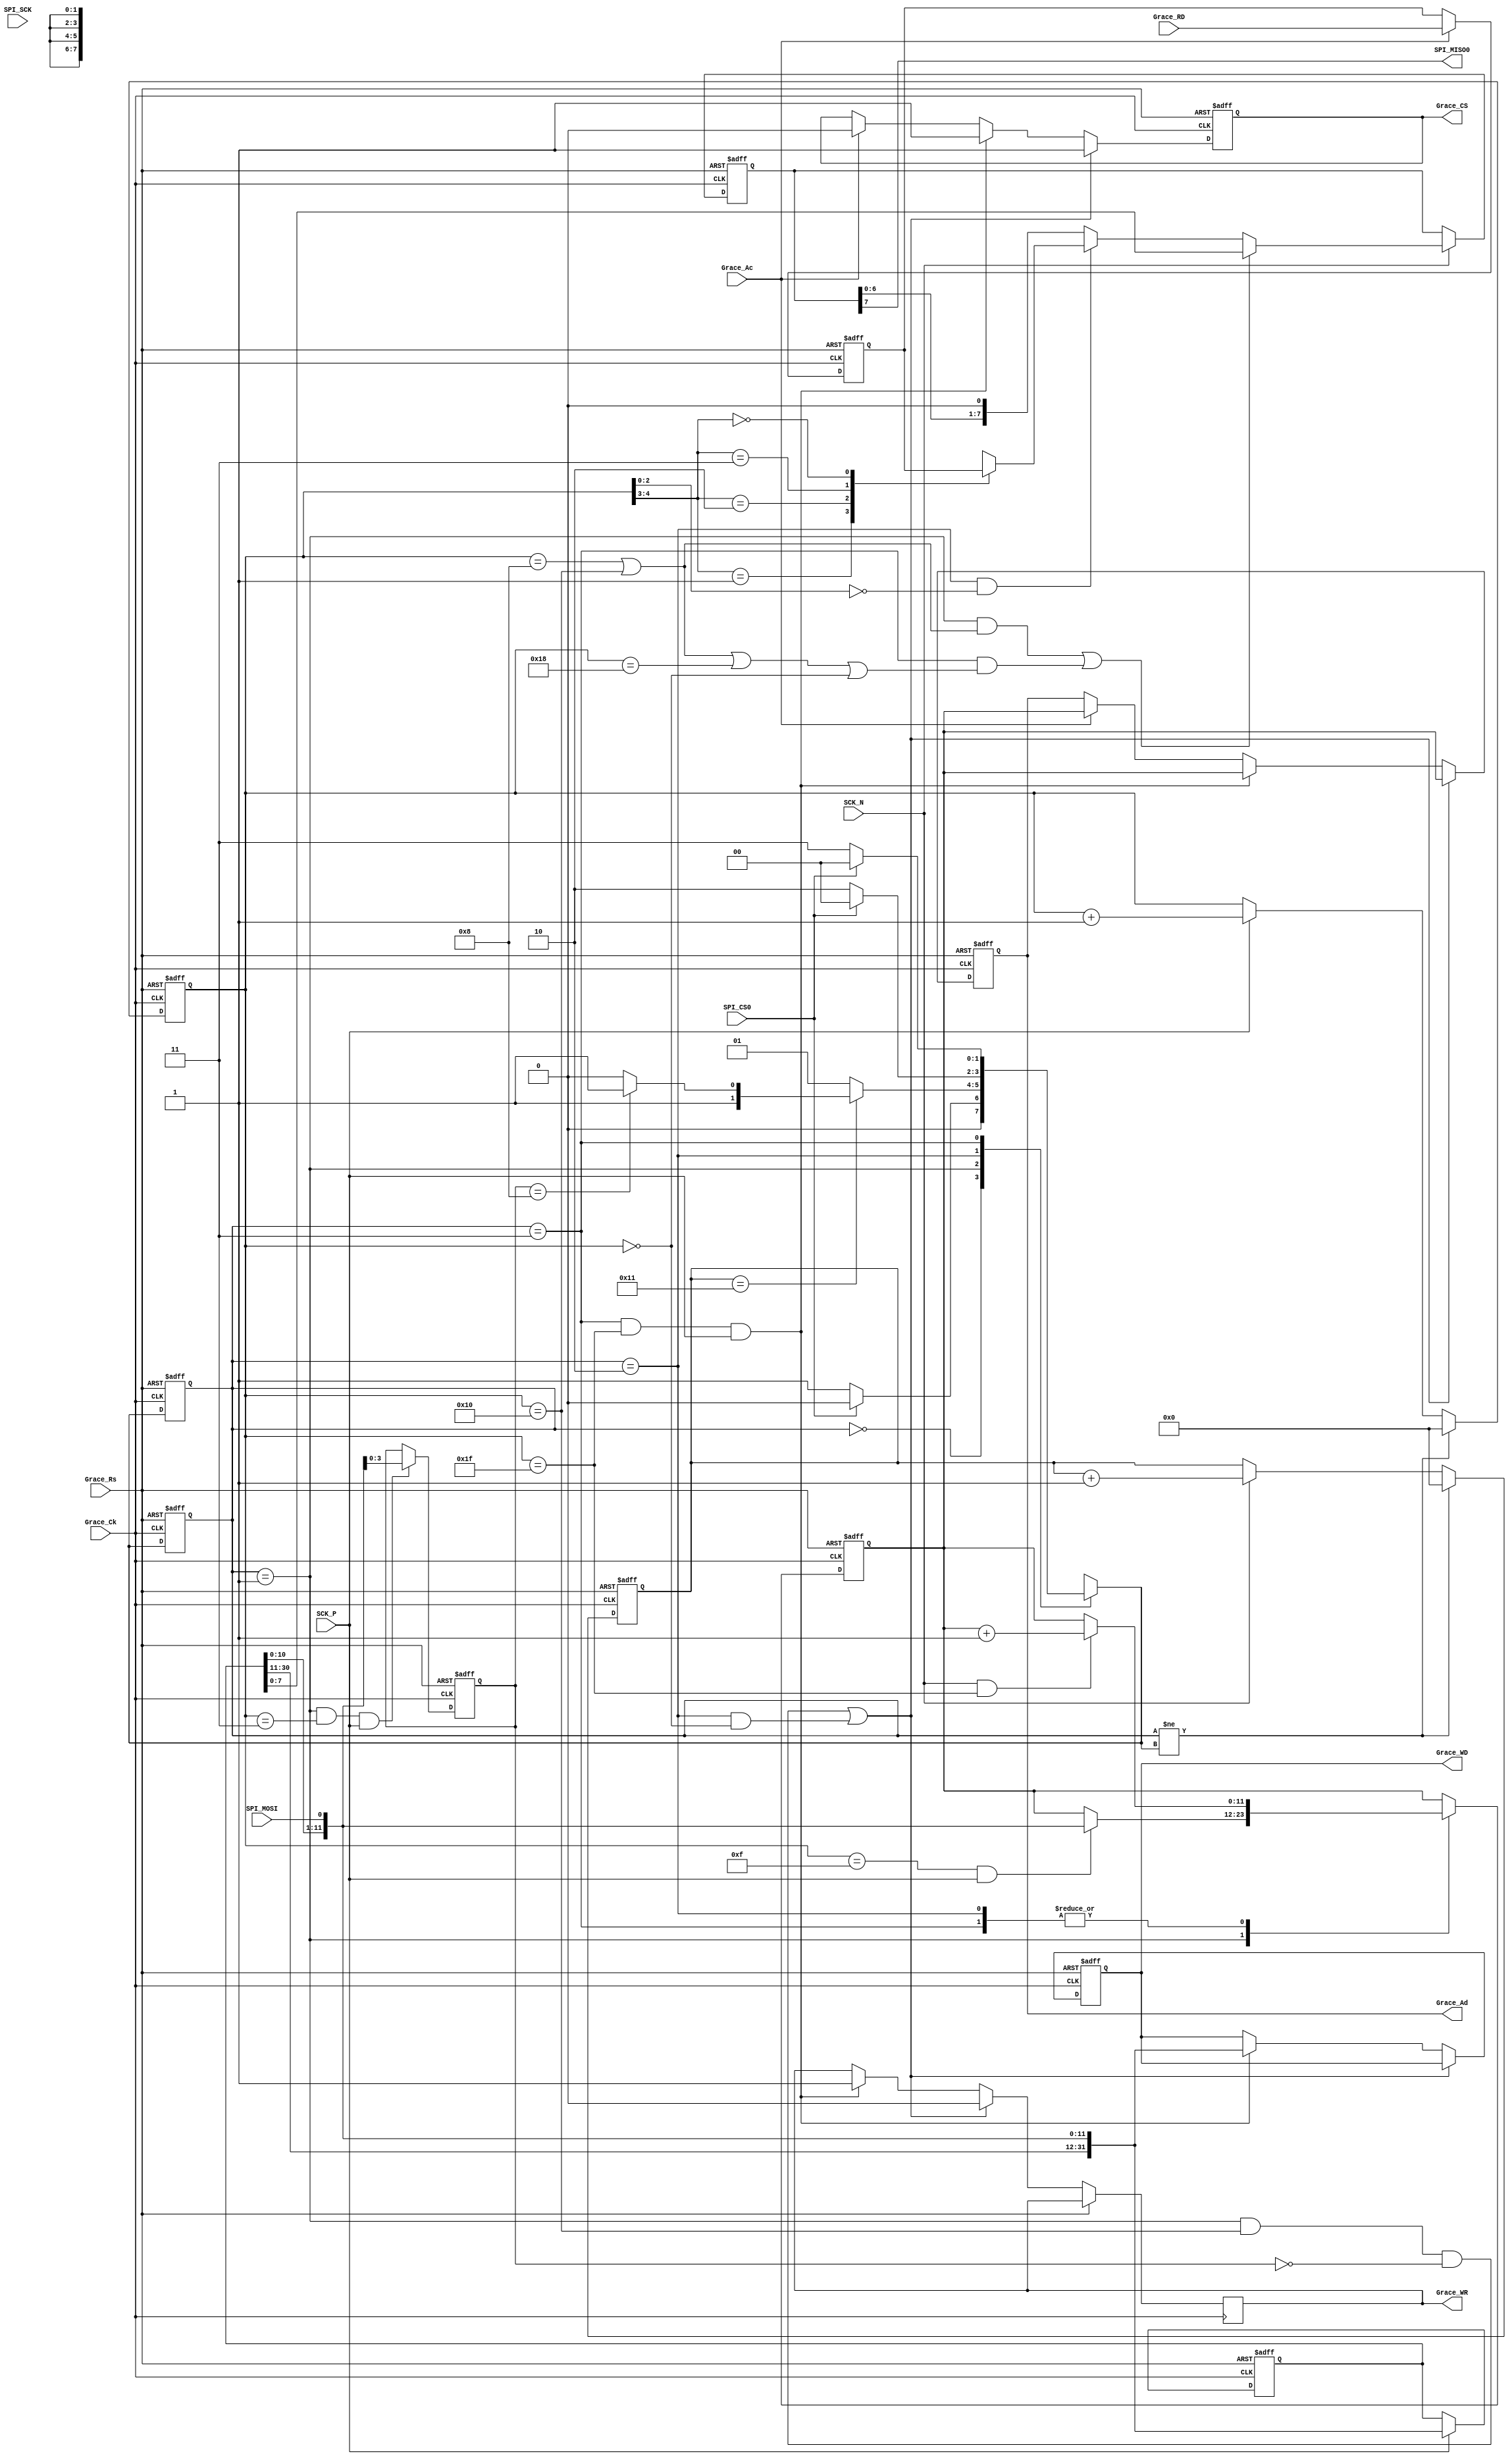
`timescale 1ns/1ns
module spi_slave(
input               SPI_CS0   ,//SPI 0 
input               SPI_SCK   ,//SPI
input               SCK_P     ,////CK
input               SCK_N     ,////CK
input               SPI_MOSI  ,//SPI
output              SPI_MISO0 ,//SPI 0

input               Grace_Rs  ,//Grace
input               Grace_Ck  ,//Grace100MHz
input  [31:0]       Grace_RD  ,//Grace
input               Grace_Ac  ,//GraceGrace_Ac
output  reg         Grace_CS  ,//Grace
output  reg         Grace_WR  ,//Grace
output  reg [11:0]  Grace_Ad  ,//Grace
output  reg [31:0]  Grace_WD   //Grace

);
/*
reg             sck_reg1;
reg             sck_reg2;
always @(posedge Grace_Ck or posedge Grace_Rs) 
begin 
if (Grace_Rs)
 begin
   sck_reg1 <= 1'b0;
   sck_reg2 <= 1'b0; 
 end //if
 else 
 begin
   sck_reg1 <=  SPI_SCK ;
   sck_reg2 <=  sck_reg1;  
 end //else
end //always
  
assign sck_p = ((~sck_reg2) & sck_reg1); //sck posedge;
assign sck_n = ((~sck_reg1) & sck_reg2); //sck negedge;
*/
localparam  IDLE          = 2'b00 ;
localparam  SPI_CMD       = 2'b01 ;
localparam  SPI_RD        = 2'b10 ;
localparam  SPI_WD        = 2'b11 ;

reg [1:0] cstate;
reg [1:0] nstate;
reg [4:0] scnt  ;

always @(posedge Grace_Ck or posedge Grace_Rs) 
begin
 if (Grace_Rs)
 begin 
   cstate <= IDLE;
   scnt   <= 0   ;
 end
 else 
 begin
   cstate <= nstate;
   scnt   <= (cstate != nstate)?1'b0:
             (SCK_P)?scnt + 1'b1:scnt;  
 end
end 

reg [4:0] sck_n_cnt;
always @(posedge Grace_Ck or posedge Grace_Rs) 
begin
 if (Grace_Rs)
 begin 
   cstate <= IDLE;
   sck_n_cnt   <= 0   ;
 end
 else 
 begin
   cstate <= nstate;
   sck_n_cnt   <= (cstate != nstate)?1'b0:
             (SCK_N)?sck_n_cnt + 1'b1:sck_n_cnt;  
 end
end 

reg  [3:0]  CMD; 
always @(*)
begin 
  case (cstate)
   IDLE : begin 
           if (~SPI_CS0) nstate <=SPI_CMD;
		   else nstate <= IDLE;
          end 

SPI_CMD : begin 
            if ( sck_n_cnt == 17) nstate <= (CMD == 4'h8)?SPI_WD:SPI_RD;
			else nstate <= SPI_CMD;
          end 

 SPI_RD : begin
            if (SPI_CS0) nstate <= IDLE;
		    else nstate <= SPI_RD; 
          end  

 SPI_WD : begin
            if (SPI_CS0) nstate <= IDLE;
		    else nstate <= SPI_WD; 
          end  
 default: nstate = IDLE;	  
  endcase	  
end


reg [31:0]  shift_reg;
always @(posedge Grace_Ck or posedge Grace_Rs) 
begin
 if (Grace_Rs)
 begin 
   shift_reg <= 0;
 end
 else 
 begin
   if(SCK_P)
	 shift_reg <= {shift_reg[30:0],SPI_MOSI} ;
 end
end 

reg  [11:0] addr    ; 

always @(posedge Grace_Ck or posedge Grace_Rs) 
begin
 if (Grace_Rs)
 begin   
	addr <=12'd0; 
	CMD <= 4'h0;
 end 
 else
 begin
   if (cstate==SPI_CMD&&scnt ==3&&SCK_P)
   CMD <= {shift_reg[2:0],SPI_MOSI};
   case (cstate)
    
       SPI_CMD : begin 
	               if (scnt ==15&&SCK_P)
			       addr <= {shift_reg[10:0],SPI_MOSI};
		         end   
   
 SPI_RD,SPI_WD : begin
                   if (SCK_N&&scnt ==31)	
                   addr <= addr + 1'b1 ; 			
                 end 
   	   
        default:  ;
 
	endcase	  
 end 
end 

reg  [31:0] rd_data ;
always @(posedge Grace_Ck or posedge Grace_Rs) 
begin
 if (Grace_Rs)
 begin   
   Grace_CS <= 1'b0 ;  
   Grace_WD <= 32'd0;
   Grace_Ad <= 1'b0 ;
   rd_data  <= 32'd0;   
 end 
 else
 begin
   if((cstate==SPI_CMD&&scnt ==16&&CMD==4'd0)||(cstate==SPI_RD&&scnt==0))
   begin 
     Grace_CS <= 1'b1; 
	 Grace_WR <=1'b0;
     Grace_Ad <= addr;   
   end 
   else if (cstate==SPI_WD&&scnt==31&&SCK_P)
   begin 
     Grace_WR <=1'b1;
     Grace_Ad <=addr;  
     Grace_CS <= 1'b1;
     Grace_WD <={shift_reg[30:0],SPI_MOSI};
   end
   else if (Grace_Ac)
   begin 		   
      Grace_CS <= 1'b0;
      //Grace_WR <=1'b0;
      Grace_Ad <=addr; 
     //Grace_WD <={shift_reg[30:0],SPI_MOSI};
   end
   if (Grace_Ac) rd_data <= Grace_RD ;
   
 end   
end 
 

reg [7:0] byte_send;
always @(posedge Grace_Ck or posedge Grace_Rs) 
begin
 if (Grace_Rs)
 begin   
   byte_send <=8'd0;
 end 
 else if (SCK_N) 
 begin 
   if ((cstate==SPI_CMD&&(scnt==8||scnt==16))||(cstate==SPI_WD&&(scnt==8||scnt==16||scnt==24||scnt==0)))
   byte_send <= shift_reg[7:0];
   else if (cstate==SPI_RD&&scnt[2:0]==0)
   begin 
    case (scnt[4:3])
    2'b01: byte_send <= rd_data[31:24]; 
    2'b10: byte_send <= rd_data[23:16];
    2'b11: byte_send <= rd_data[15:8];
    2'b00: byte_send <= rd_data[7:0];   
    endcase
   end 
   else 
     byte_send <= {byte_send[6:0],1'b0}; 	 
 end 
end  
 
assign SPI_MISO0 = byte_send[7];

endmodule